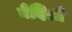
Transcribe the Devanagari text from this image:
वेदिश्री